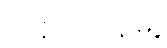
ထန်တလန်မြို့